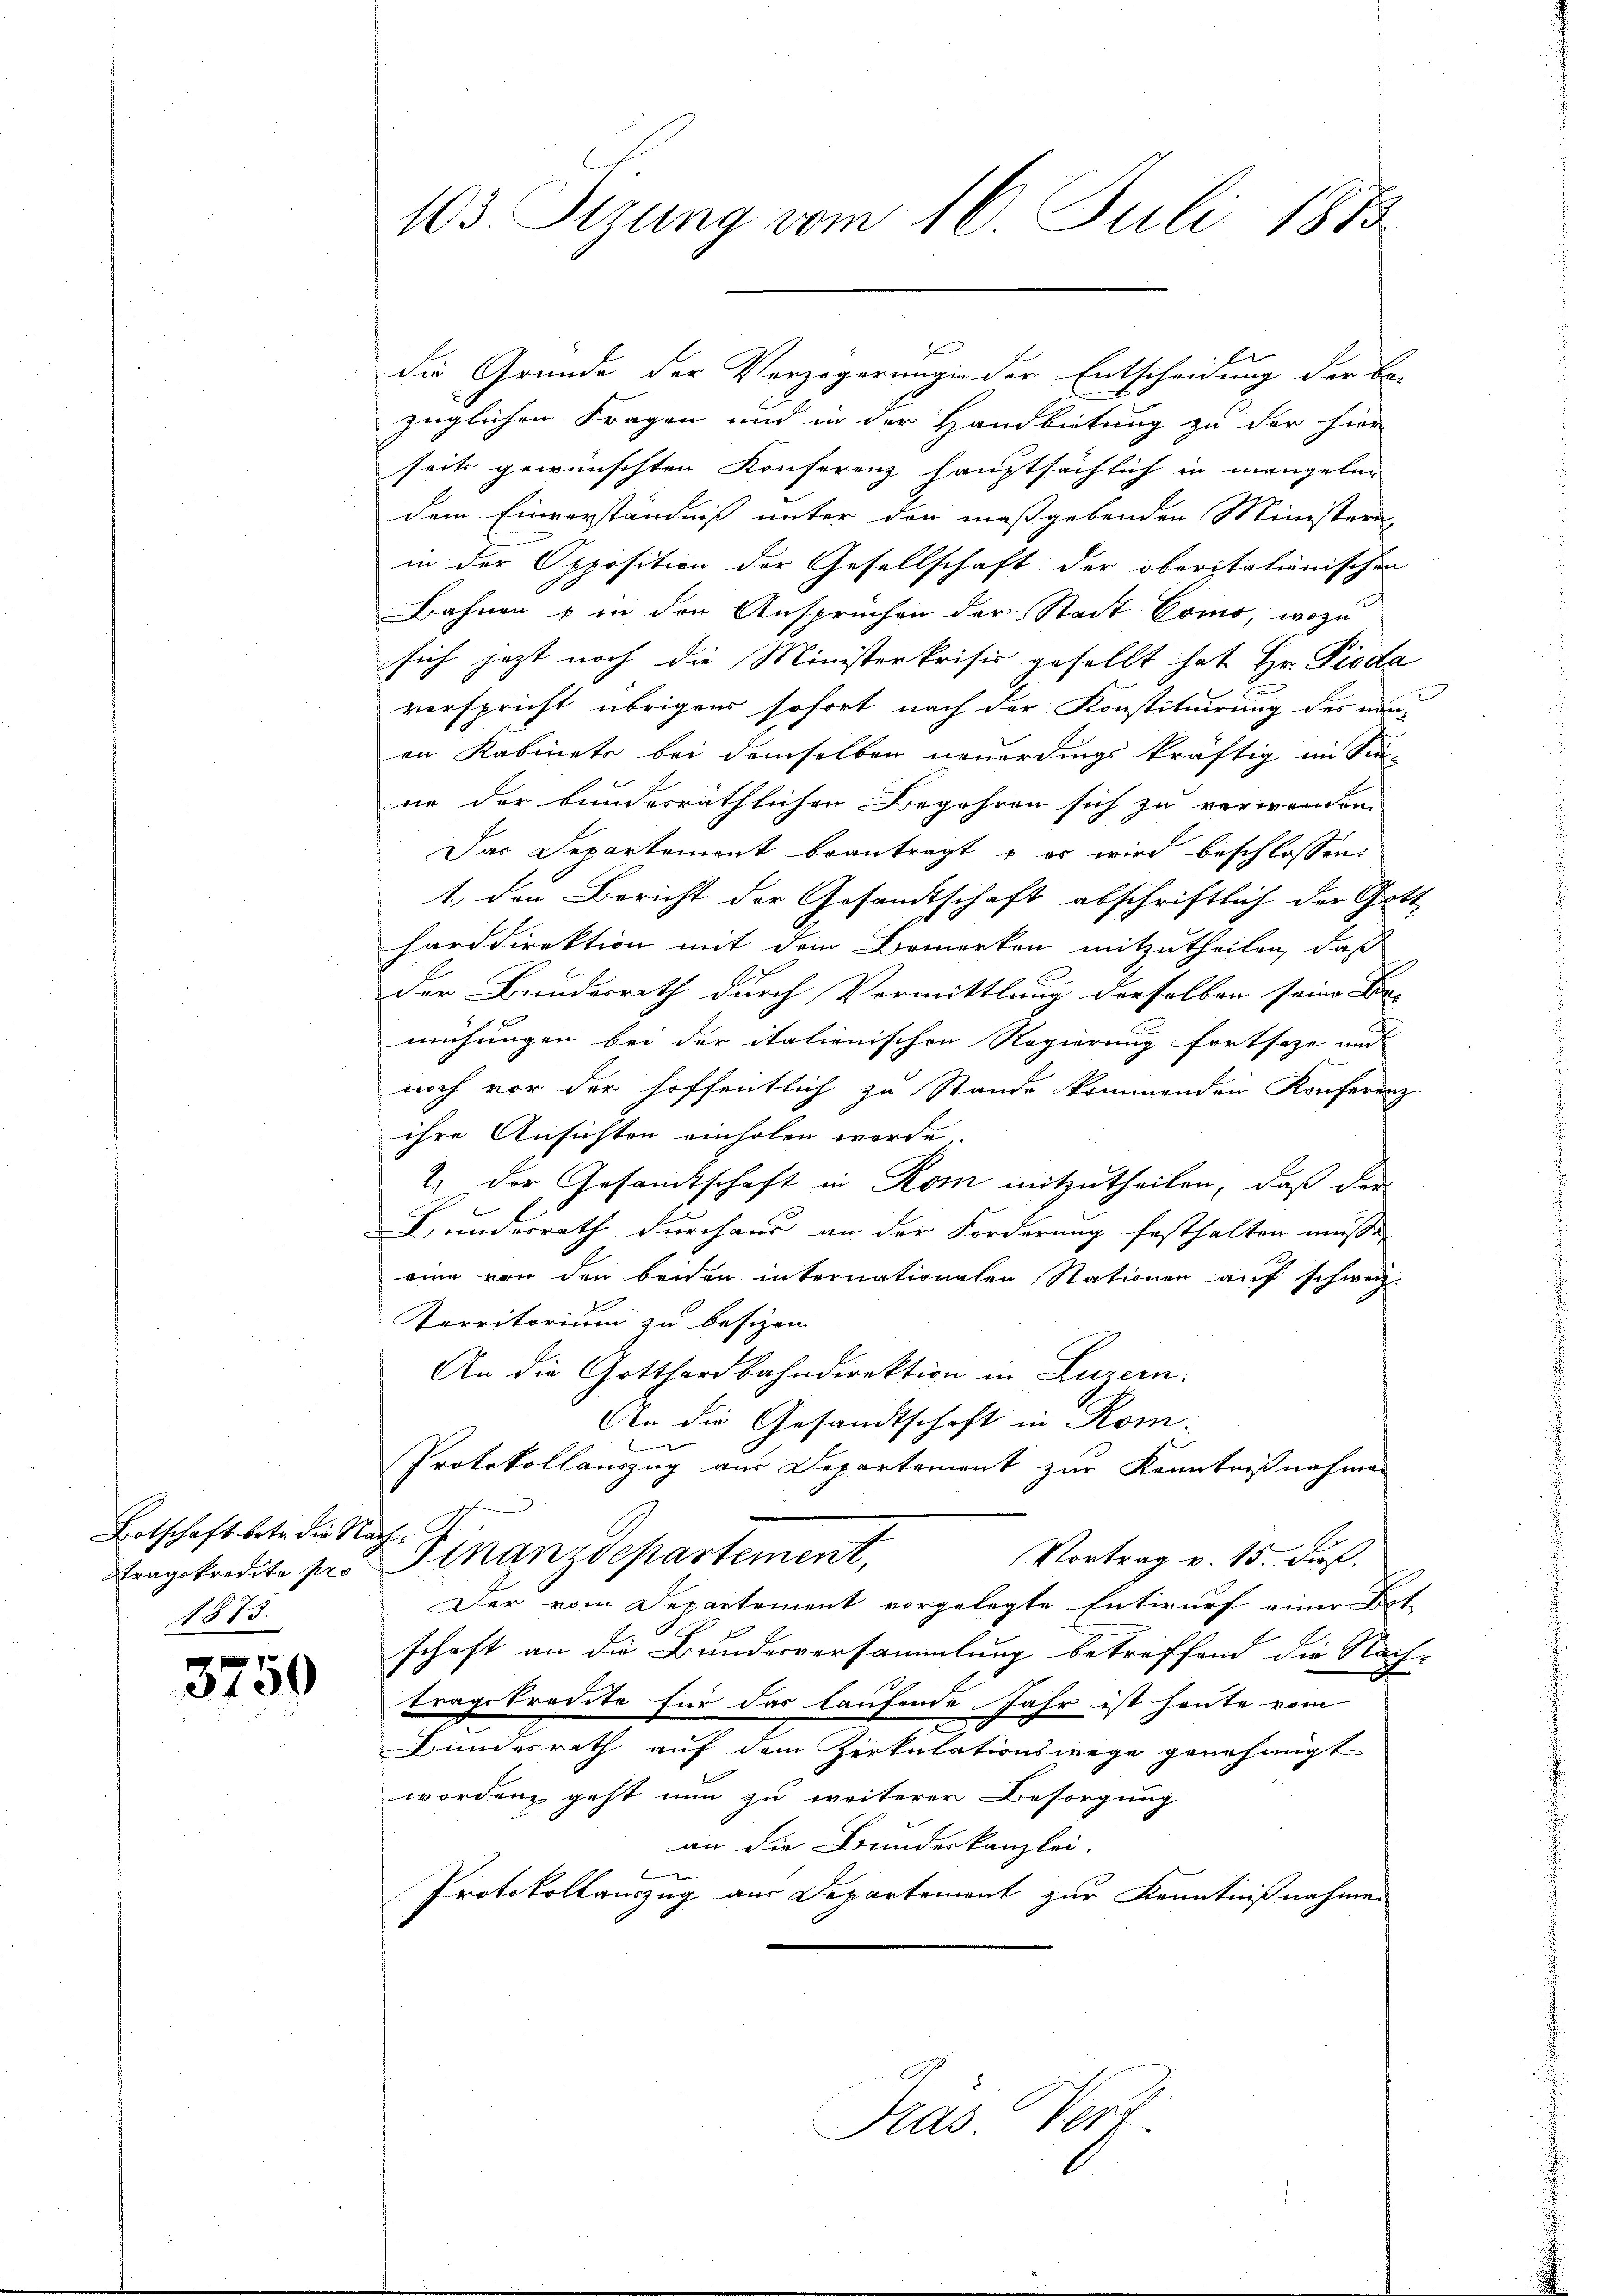
3750

Botschaft betr. die Nachtragskredite pro
1873.

103. Sizung vom 16. Juli 1873

züglichen Fragen und in der Handbietung zu der hier
seits gewünschten Konferenz hauptsächlich in mangeln
dem Einverständniß unter den maßgebenden Ministern-
in der Opposition der Gesellschaft der oberitationischen
Bahnen u in den Anspruchen der Stadt Como, wozu
sich jetzt noch die Ministerkrisis gesellt hat Hr. Pioda
verspricht übrigens sofort nach der Konstituirung des ein-
an Kabinets bei demselben neuerdings kräftig im Sin-
ne der bundesräthlichen Begehren sich zu verwenden
Das Departement beantragt u es wird beschlossen:
1., den Bericht der Gesandtschaft abschriftlich der Gott
harddirektion mit dem Bemerken mitzutheilen, daß
der Bundesrath durch Vormittlung derselben seine Be-
mühungen bei der italienischen Regierung fortseze und |
noch vor der hoffentlich zu Stande kommenden Konferenz
ihre Ansichten einholen werde.
2.) Der Gesamtschaft in Rom mitzutheilen, daß der
Bunderrath durchaus an der Forderung festhalten müsse,
eine von den beiden internationalen Stationen auf schweiz.
Territorium zu besizen
An die Gotthardbahndirektion in Luzern.
An die Gesandtschaft in Rom.
Protokollauszug aus Departement zur Kenntnißnahmen
Finanzdepartement,
Vortrag v. 15. Dies
Der vom Departement vorgelegte Entwurf einer Bet
schaft an die Bundesversammlung betreffend die Nach-
tragskredite für das laufende Jahr ist heute vom
e
Bundesrath auf dem Zirkulationswege genehmigt
worden geht nun zu weiterer Besorgung
an die Bundeskanzlei.
Protokollauszug aus Departement zur Kenntnißnahmen

Kas Ver

F
die Grunde der Verzögerung in der Entscheidung der Be-